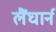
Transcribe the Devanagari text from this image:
लैंघार्न